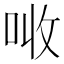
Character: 𠲠